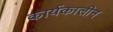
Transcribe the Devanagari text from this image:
कार्यकालीन